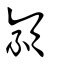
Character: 顈